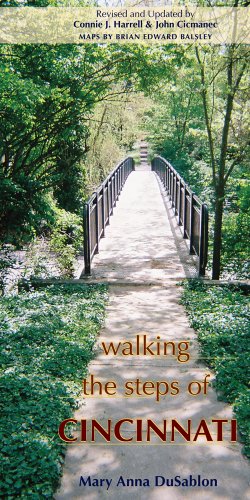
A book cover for Walking the Steps Of Cincinnati; Mary Anna Dusablon; Travel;